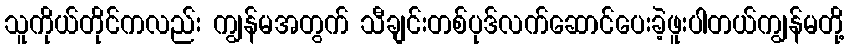
သူကိုယ်တိုင်ကလည်း ကျွန်မအတွက် သီချင်းတစ်ပုဒ်လက်ဆောင်ပေးခဲ့ဖူးပါတယ်ကျွန်မတို့